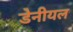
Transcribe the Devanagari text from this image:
डेनीयल